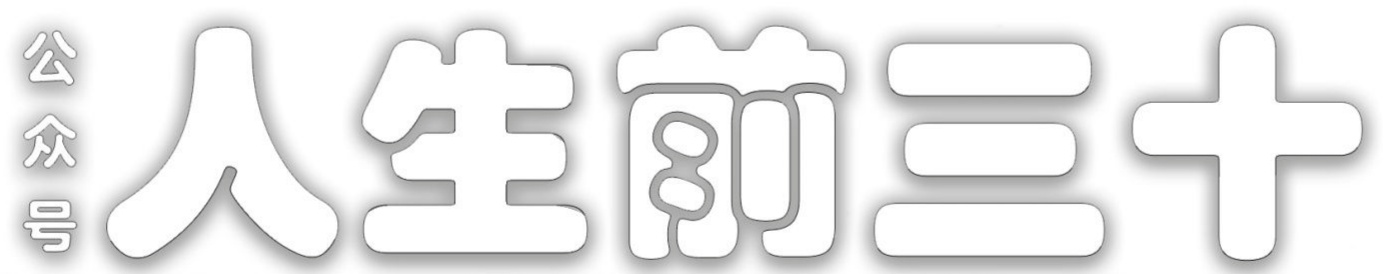
公众号 人生前三十